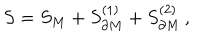
LaTeX: S = S _ { M } + S _ { \partial M } ^ { ( 1 ) } + S _ { \partial M } ^ { ( 2 ) } \, ,